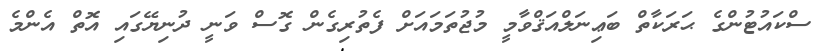
ސްކައުޓުންގެ ޙަރަކާތް ބަޢިނަލްއަޤްވާމީ މުޖުތަމައަށް ފެތުރިގެން ގޮސް ވަނީ ދުނިޔޭގައި އޮތް އެންމެ